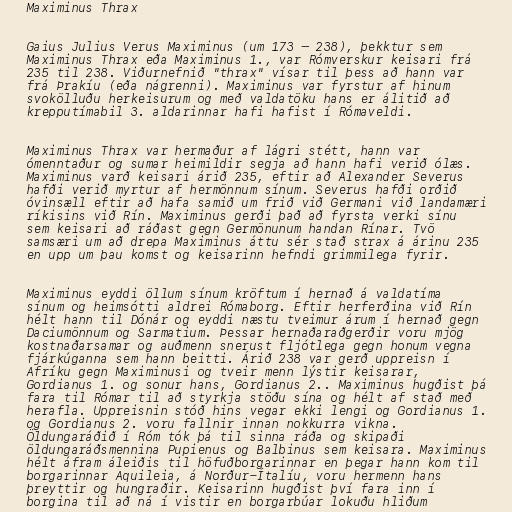
Maximinus Thrax

Gaius Julius Verus Maximinus (um 173 – 238), þekktur sem
Maximinus Thrax eða Maximinus 1., var Rómverskur keisari frá
235 til 238. Viðurnefnið "thrax" vísar til þess að hann var
frá Þrakíu (eða nágrenni). Maximinus var fyrstur af hinum
svokölluðu herkeisurum og með valdatöku hans er álitið að
krepputímabil 3. aldarinnar hafi hafist í Rómaveldi.

Maximinus Thrax var hermaður af lágri stétt, hann var
ómenntaður og sumar heimildir segja að hann hafi verið ólæs.
Maximinus varð keisari árið 235, eftir að Alexander Severus
hafði verið myrtur af hermönnum sínum. Severus hafði orðið
óvinsæll eftir að hafa samið um frið við Germani við landamæri
ríkisins við Rín. Maximinus gerði það að fyrsta verki sínu
sem keisari að ráðast gegn Germönunum handan Rínar. Tvö
samsæri um að drepa Maximinus áttu sér stað strax á árinu 235
en upp um þau komst og keisarinn hefndi grimmilega fyrir.

Maximinus eyddi öllum sínum kröftum í hernað á valdatíma
sínum og heimsótti aldrei Rómaborg. Eftir herferðina við Rín
hélt hann til Dónár og eyddi næstu tveimur árum í hernað gegn
Daciumönnum og Sarmatium. Þessar hernaðaraðgerðir voru mjög
kostnaðarsamar og auðmenn snerust fljótlega gegn honum vegna
fjárkúganna sem hann beitti. Árið 238 var gerð uppreisn í
Afríku gegn Maximinusi og tveir menn lýstir keisarar,
Gordianus 1. og sonur hans, Gordianus 2.. Maximinus hugðist þá
fara til Rómar til að styrkja stöðu sína og hélt af stað með
herafla. Uppreisnin stóð hins vegar ekki lengi og Gordianus 1.
og Gordianus 2. voru fallnir innan nokkurra vikna.
Öldungaráðið í Róm tók þá til sinna ráða og skipaði
öldungaráðsmennina Pupienus og Balbinus sem keisara. Maximinus
hélt áfram áleiðis til höfuðborgarinnar en þegar hann kom til
borgarinnar Aquileia, á Norður-Ítalíu, voru hermenn hans
þreyttir og hungraðir. Keisarinn hugðist því fara inn í
borgina til að ná í vistir en borgarbúar lokuðu hliðum